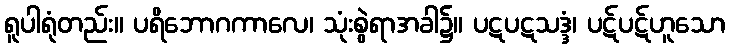
ရူပါရုံတည်း။ ပရိဘောဂကာလေ၊ သုံးစွဲရာအခါ၌။ ပဋပဋသဒ္ဒံ၊ ပဋ်ပဋ်ဟူသော